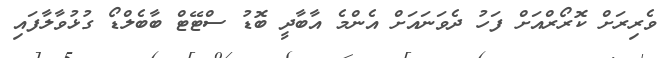
ވެރިރަށް ކޮރޯރްއަށް ފަހު ދެވަނައަށް އެންމެ އާބާދީ ބޮޑު ސްޓޭޓް ބާބެލްޑޯ ގުޅުވާލާފައި